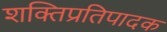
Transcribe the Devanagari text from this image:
शक्तिप्रतिपादक